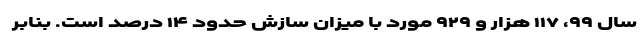
سال ۹۹، ۱۱۷ هزار و ۹۲۹ مورد با میزان سازش حدود ۱۴ درصد است. بنابر